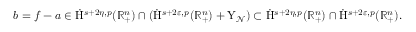
\begin{array} { r } { b = f - a \in \dot { \mathrm { H } } ^ { s + 2 \eta , p } ( \mathbb { R } _ { + } ^ { n } ) \cap ( \dot { \mathrm { H } } ^ { s + 2 \varepsilon , p } ( \mathbb { R } _ { + } ^ { n } ) + \mathrm { Y } _ { \mathcal { N } } ) \subset \dot { \mathrm { H } } ^ { s + 2 \eta , p } ( \mathbb { R } _ { + } ^ { n } ) \cap \dot { \mathrm { H } } ^ { s + 2 \varepsilon , p } ( \mathbb { R } _ { + } ^ { n } ) \mathrm { . ~ } } \end{array}